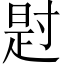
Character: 𪧺